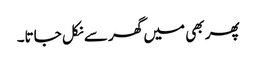
پھر بھی میں گھر سے نکل جاتا۔